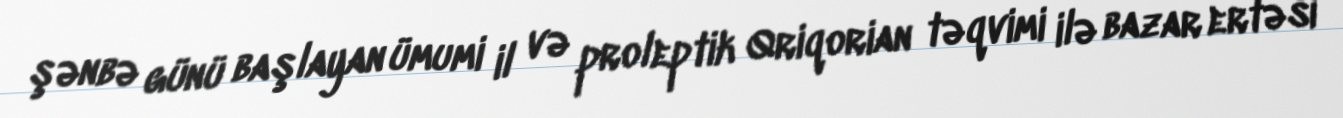
şənbə günü başlayan ümumi il və proleptik Qriqorian təqvimi ilə bazar ertəsi